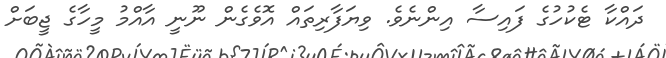
ދައްކާ ޓެކުހުގެ ފައިސާ އިންނެވެ. ވިޔަފާރިތައް އޮވެގެން ނޫނީ އާއްމު މީހާގެ ޖީބަށް